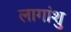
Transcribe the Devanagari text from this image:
लागांशु